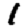
Digit: 1